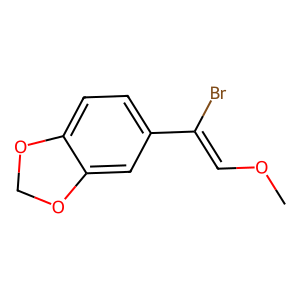
SMILES: COC=C(Br)c1ccc2c(c1)OCO2
Inhibits HIV replication: No